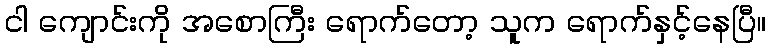
ငါ ကျောင်းကို အစောကြီး ရောက်တော့ သူက ရောက်နှင့်နေပြီ။